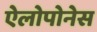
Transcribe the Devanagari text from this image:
ऐलोपोनेस